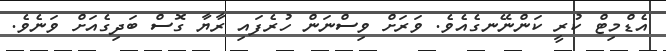
އެޑްމިޓް ކުރީ ކަންނޭނގެއެވެ. ވަރަށް ވިސްނަން ހުރެފައި ރާޔާ ގޮސް ބަދިގެއަށް ވަނެވެ.